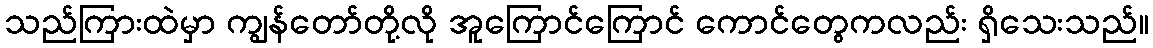
သည်ကြားထဲမှာ ကျွန်တော်တို့လို အူကြောင်ကြောင် ကောင်တွေကလည်း ရှိသေးသည်။